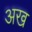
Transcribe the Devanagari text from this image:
अख